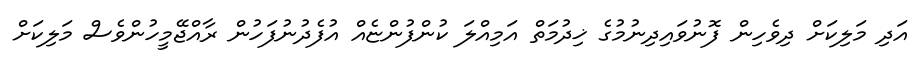
އަދި މަލިކަށް ދިވެހިން ފޮނުވައިދިނުމުގެ ޚިދުމަތް އަމިއްލަ ކުންފުންޏެއް އުފެދުނުފަހުން ރާއްޖޭމީހުންވެސް މަލިކަށް